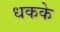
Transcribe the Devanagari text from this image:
धकके